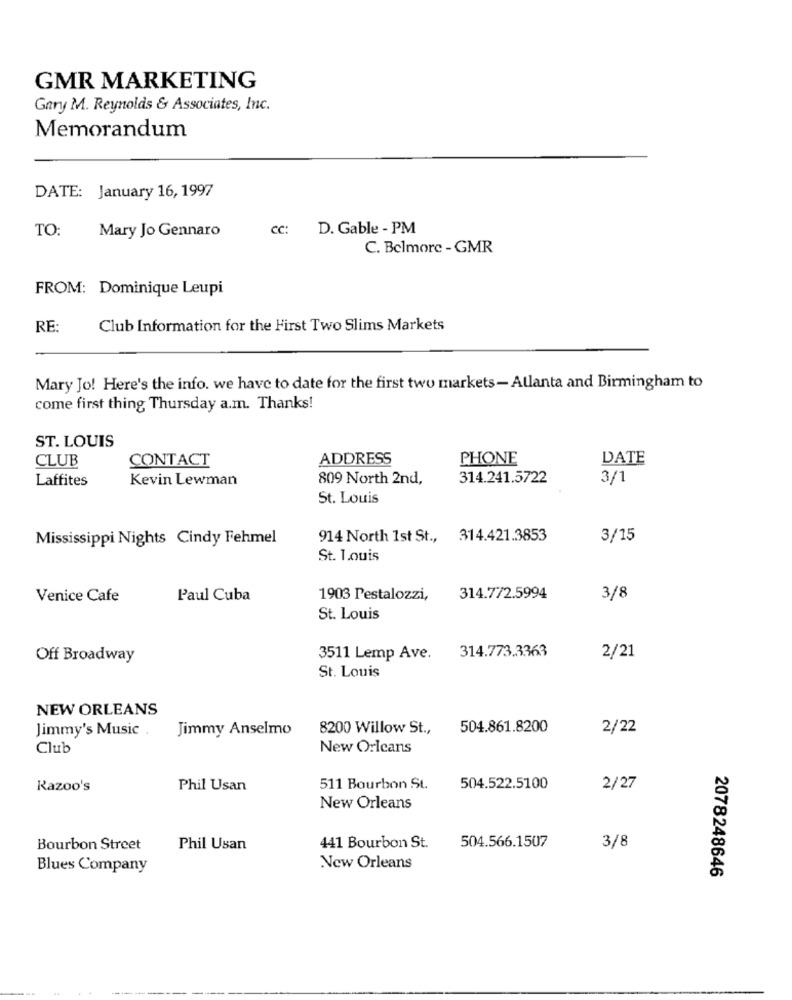
GMR MARKETING
Gary M. Reynolds & Associates, Inc.
Memorandum
DATE: January 16, 1997
TO:
Mary Jo Gennaro
CC:
D. Gable - PM
C. Belmore - GMR
FROM: Dominique Leupi
RE:
Club Information for the First Two Slims Markets
Mary Jo! Here's the info. we have to date for the first two markets- Atlanta and Birmingham to
come first thing Thursday a.m. Thanks!
ST. LOUIS
CLUB
CONTACT
ADDRESS
PHONE
DATE
Laffites
Kevin Lewman
809 North 2nd,
314.241.5722
3/1
St. Louis
Mississippi Nights Cindy Fehmel
914 North 1st St ., 314.421.3853
3/15
St. Louis
Venice Cafe
Paul Cuba
1903 Pestalozzi,
314.772.5994
3/8
St. Louis
314.773.3363
Off Broadway
3511 Lemp Ave.
2/21
St. Louis
NEW ORLEANS
Jimmy Anselmo
8200 Willow St .,
504.861.8200
2/22
Jimmy's Music .
Club
New Orleans
Kazoo's
Phil Usan
511 Bourbon St.
504.522.5100
2/27
New Orleans
504.566.1507
3/8
Bourbon Street
Phil Usan
441 Bourbon St.
Blues Company
New Orleans
2078248646